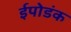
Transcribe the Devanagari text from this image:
ईपोडंक